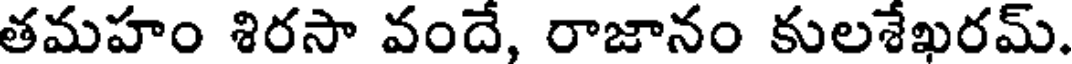
తమహం శిరసా వందే, రాజానం కులశేఖరమ్.